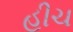
હીચ